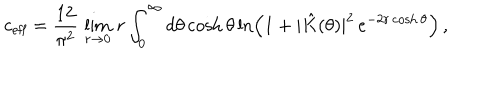
c _ { \textrm { e f f } } = \frac { 1 2 } { \pi ^ { 2 } } \, \lim _ { r \rightarrow 0 } \, r \int _ { 0 } ^ { \infty } d \theta \cosh \theta \ln \left( 1 + | \hat { K } ( \theta ) | ^ { 2 } \, e ^ { - 2 r \cosh \theta } \right) \, ,